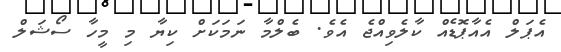
އެޕަލް އެއާޕޮޑެއް ކާލެވިއްޖެ އެވެ. ބެލްމާ ނަމަކަށް ކިޔާ މި މީހާ ސޯޝަލް